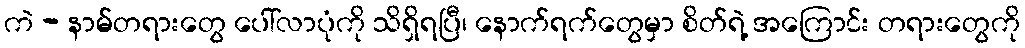
ကဲ - နာမ်တရားတွေ ပေါ်လာပုံကို သိရှိရပြီ၊ နောက်ရက်တွေမှာ စိတ်ရဲ့ အကြောင်း တရားတွေကို